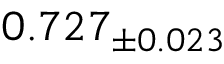
0 . 7 2 7 _ { \pm 0 . 0 2 3 }